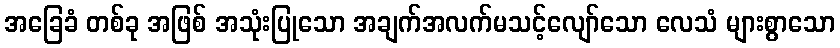
အခြေခံ တစ်ခု အဖြစ် အသုံးပြုသော အချက်အလက်မသင့်လျော်သော လေသံ များစွာသော